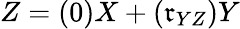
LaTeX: Z=(0)X+(\mathfrak{r}_{YZ})Y